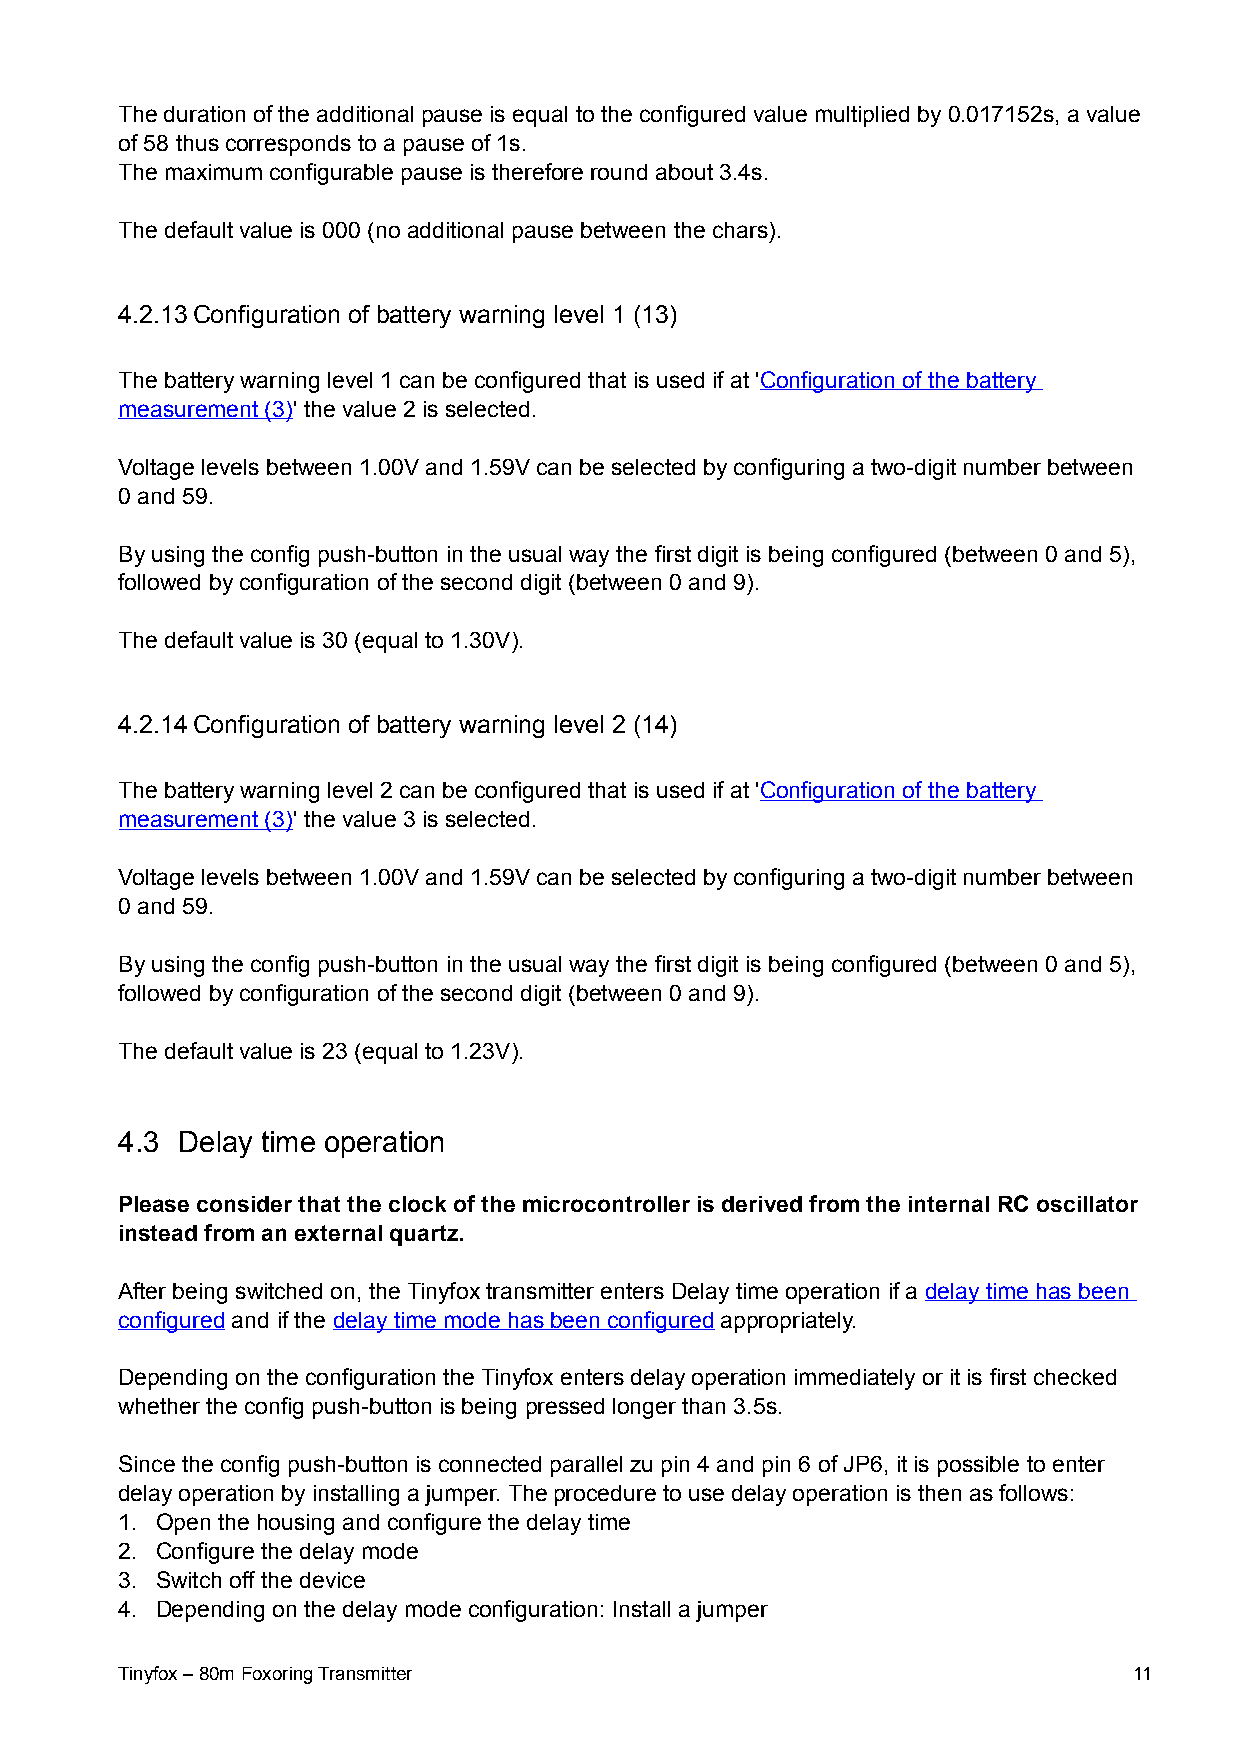
The duration of the additional pause is equal to the configured value multiplied by 0.017152s, a value
 of 58 thus corresponds to a pause of 1s.
 The maximum configurable pause is therefore round about 3.4s.
 The default value is 000 (no additional pause between the chars).
 4.2.13Configuration of battery warning level 1 (13)
 The battery warning level 1 can be configured that is used if at 'Configuration of the battery
 measurement (3)' the value 2 is selected.
 Voltage levels between 1.00V and 1.59V can be selected by configuring a two-digit number between
 0 and 59.
 By using the config push-button in the usual way the first digit is being configured (between 0 and 5),
 followed by configuration of the second digit (between 0 and 9).
 The default value is 30 (equal to 1.30V).
 4.2.14Configuration of battery warning level 2 (14)
 The battery warning level 2 can be configured that is used if at 'Configuration of the battery
 measurement (3)' the value 3 is selected.
 Voltage levels between 1.00V and 1.59V can be selected by configuring a two-digit number between
 0 and 59.
 By using the config push-button in the usual way the first digit is being configured (between 0 and 5),
 followed by configuration of the second digit (between 0 and 9).
 The default value is 23 (equal to 1.23V).
 4.3 Delay time operation
 Please consider that the clock of the microcontroller is derived from the internal RC oscillator
 instead from an external quartz.
 After being switched on, the Tinyfox transmitter enters Delay time operation if a delay time has been
 configured and if the delay time mode has been configured appropriately.
 Depending on the configuration the Tinyfox enters delay operation immediately or it is first checked
 whether the config push-button is being pressed longer than 3.5s.
 Since the config push-button is connected parallel zu pin 4 and pin 6 of JP6, it is possible to enter
 delay operation by installing a jumper. The procedure to use delay operation is then as follows:
 1. Open the housing and configure the delay time
 2. Configure the delay mode
 3. Switch off the device
 4. Depending on the delay mode configuration: Install a jumper
 Tinyfox – 80m Foxoring Transmitter                                 11